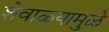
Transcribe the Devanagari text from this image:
शेवाळ्यामुळे